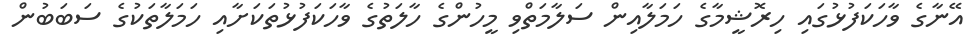
އޭނާގެ ވާހަކަފުޅުގައި ހިރޮޝީމާގެ ހަމަލާއިން ސަލާމަތްވި މީހުންގެ ހާލަތުގެ ވާހަކަފުޅުތަކަށާއި ހަމަލާތަކުގެ ސަބަބުން